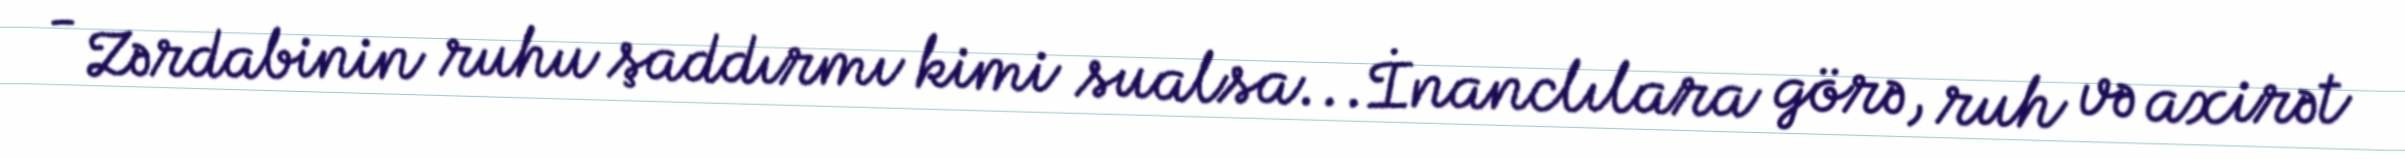
- Zərdabinin ruhu şaddırmı kimi sualsa...İnanclılara görə, ruh və axirət